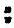
: